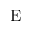
\mathrm { E }